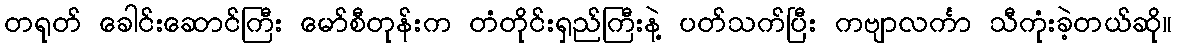
တရုတ် ခေါင်းဆောင်ကြီး မော်စီတုန်းက တံတိုင်းရှည်ကြီးနဲ့ ပတ်သက်ပြီး ကဗျာလင်္ကာ သီကုံးခဲ့တယ်ဆို။